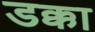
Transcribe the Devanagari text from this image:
डक्का